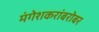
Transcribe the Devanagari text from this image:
मंगेशकरांबरोबर